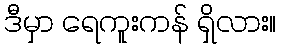
ဒီမှာ ရေကူးကန် ရှိလား။